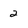
Character: 2